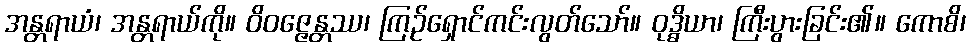
အန္တရာယံ၊ အန္တရာယ်ကို။ ဝိဝဇ္ဇေန္တဿ၊ ကြဉ်ရှောင်ကင်းလွတ်သော်။ ဝုဒ္ဓိယာ၊ ကြီးပွားခြင်း၏။ ကောစိ၊